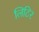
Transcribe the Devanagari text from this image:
लिटिर